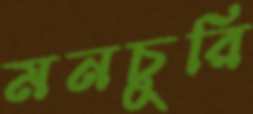
মনচুরি